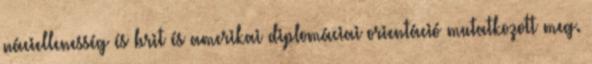
náciellenesség és brit és amerikai diplomáciai orientáció mutatkozott meg.